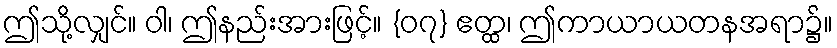
ဤသို့လျှင်။ ဝါ၊ ဤနည်းအားဖြင့်။ {၀၇} ဧတ္ထ၊ ဤကာယာယတနအရာ၌။